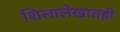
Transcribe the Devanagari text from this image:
शिलालेखातही